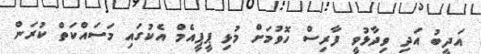
އަދީބު އަދި ވިދާޅުވީ ފާރިސް ހޮވުމަށް މުޅި ޕީޕީއެމް އެކުގައި މަސައްކަތް ކުރަން